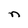
Character: n